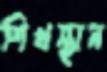
শিখস্থান